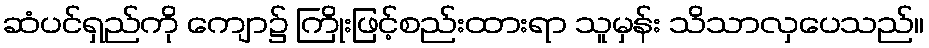
ဆံပင်ရှည်ကို ကျော၌ ကြိုးဖြင့်စည်းထားရာ သူမှန်း သိသာလှပေသည်။